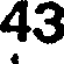
43